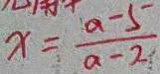
x = \frac { a - 5 } { a - 2 }